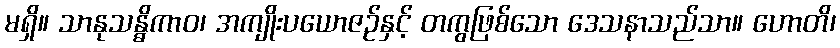
မရှိ။ သာနုသန္ဓိကာဝ၊ အကျိုးပယောဇဉ်နှင့် တကွဖြစ်သော ဒေသနာသည်သာ။ ဟောတိ၊